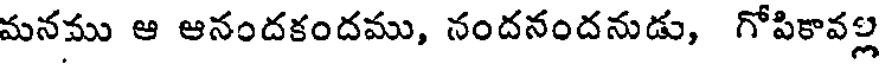
మనము ఆ ఆనందకందము, నందనందనుడు, గోపికావల్ల